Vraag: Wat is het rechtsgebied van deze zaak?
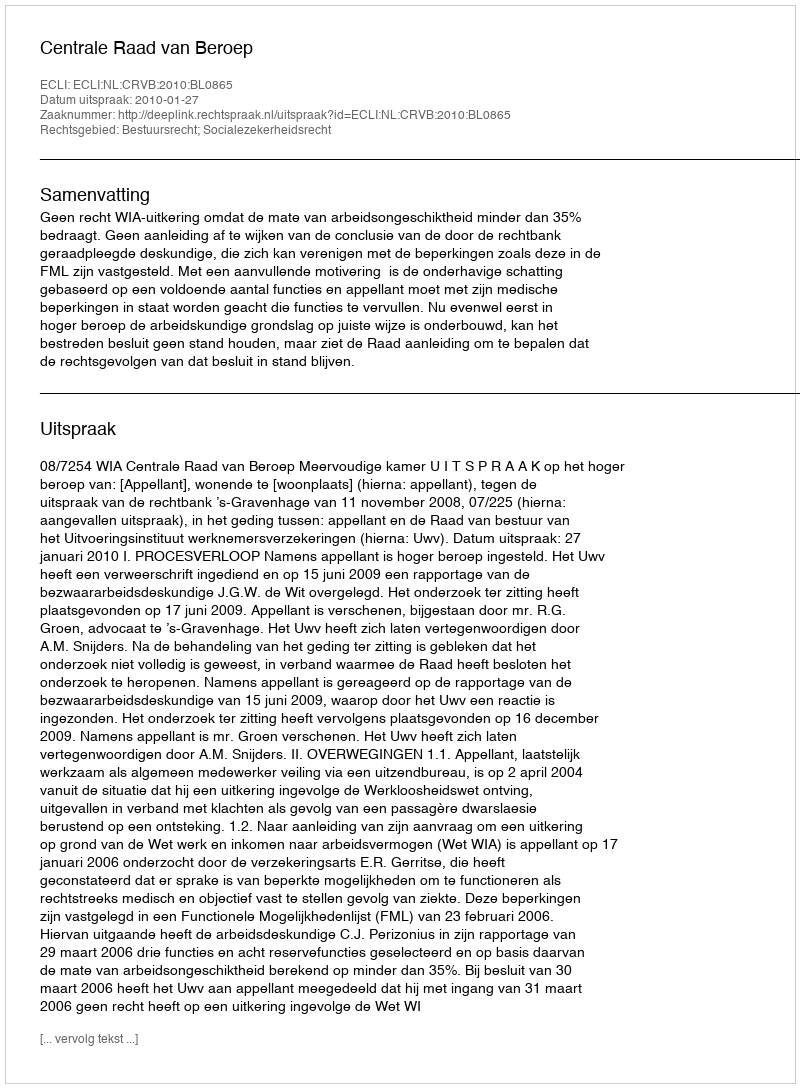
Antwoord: Bestuursrecht; Socialezekerheidsrecht